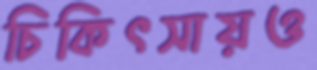
চিকিৎসায়ও